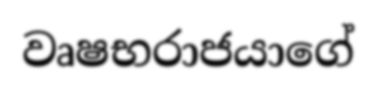
වෘෂභරාජයාගේ